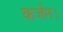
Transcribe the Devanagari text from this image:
कर्जन।